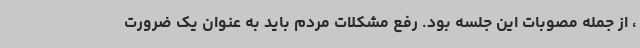
، از جمله مصوبات این جلسه بود. رفع مشکلات مردم باید به عنوان یک ضرورت